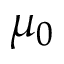
\mu _ { 0 }